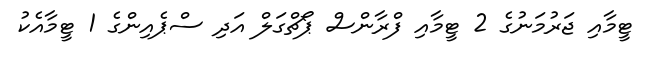
ޓީމާއި ޖަރުމަނުގެ 2 ޓީމާއި ފްރާންސް ޕޯޗްގަލް އަދި ސްޕެއިންގެ 1 ޓީމާއެކު